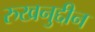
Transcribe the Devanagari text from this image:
रुखनुद्दीन